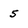
Character: 5